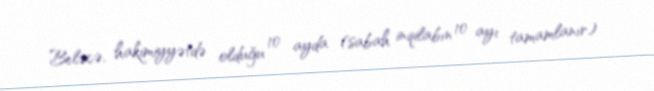
Beləcə, hakimiyyətdə olduğu 10 ayda (sabah inqilabın 10 ayı tamamlanır)